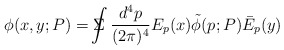
\begin{align*}\phi(x, y; P) = \Sigma \!\!\!\!\!\! \int \frac{d^4p}{(2 \pi)^4} E_p(x) \tilde{\phi}(p; P) \bar{E}_p(y)\end{align*}